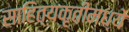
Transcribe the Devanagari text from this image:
साहित्यकृतींमध्ये